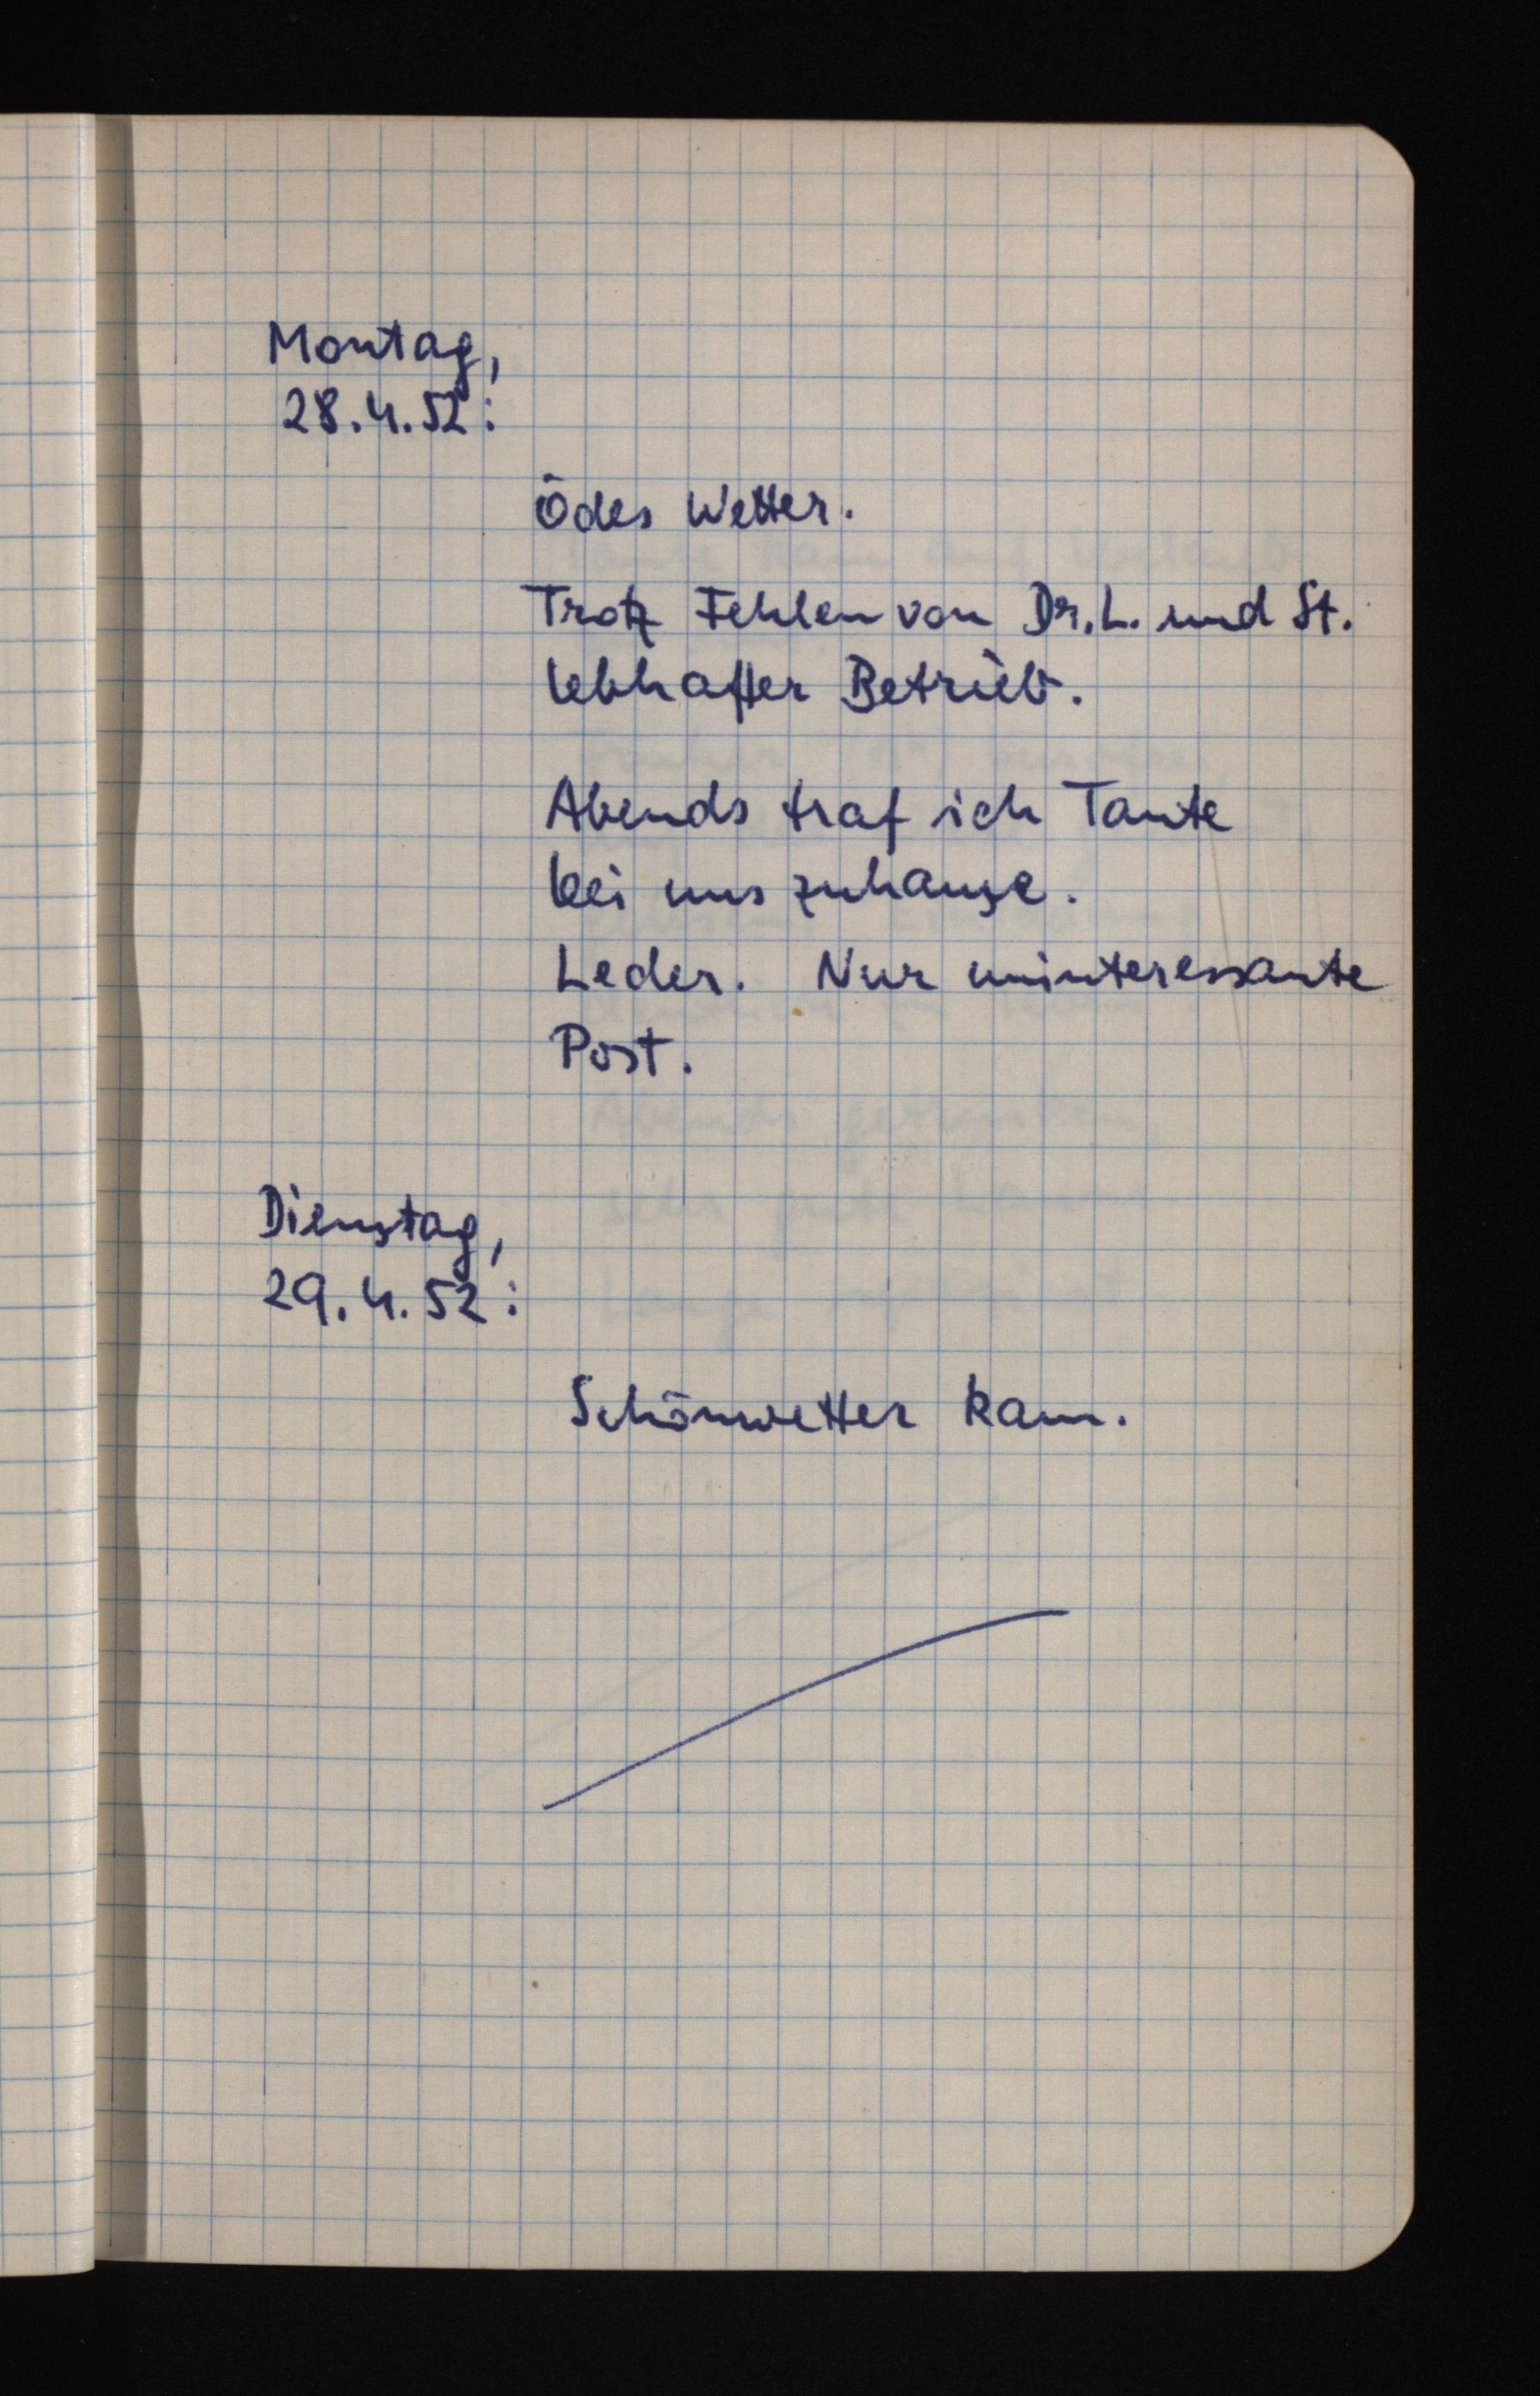
Montag,
28.4.52:
Ödes Wetter.
Trotz Fehlen von Dr. L. und St.
lebhafter Betrieb.
Abends traf ich Tante
bei uns zuhause.
Leder. Nur uninteressante
Post.
Dienstag,
29.4.52:
Schönwetter kam.